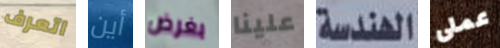
اتعرف أين بغرض علينا الهندسة عملى